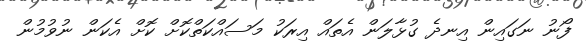
ފޯނު ނަގައިން އިނދެ ގުޅާލަން އެތައް އިރަކު މަސައްކަތްކޮށް ކޮށް އެކަން ނުވުމުން